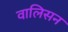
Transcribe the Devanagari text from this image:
वालिसन